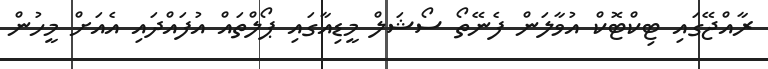
ރާއްޖޭގައި ޓިކްޓޮޮކް އުވާލަން ފެނޭތޯ ސޯޝަލް މީޑިއާގައި ޕޯލްތައް އުފައްދައި އެއަށް މީހުން